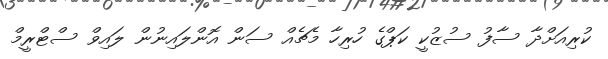
ކުރިއަށްދާ ސާފު ސުޒުކީ ކަޕްގެ ހުރިހާ މެޗެއް ސަން އޮންލައިނުން ލައިވް ސްޓްރީމް